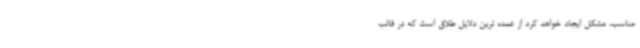
مناسب، مشکل ایجاد خواهد کرد از عمده ترین دلایل طلاق است که در قالب